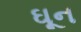
ઘૂન